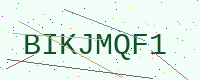
Text: BIKJMQF1